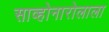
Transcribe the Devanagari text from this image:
साव्होनारोलाला